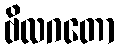
ဗိလဂတော